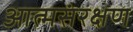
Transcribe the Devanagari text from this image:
आत्मसंरक्षण